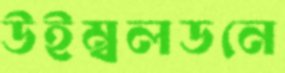
উইম্বলডনে